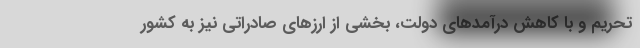
تحریم و با کاهش درآمدهای دولت، بخشی از ارزهای صادراتی نیز به کشور